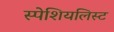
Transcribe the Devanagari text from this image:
स्पेशियलिस्ट